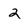
Character: 2